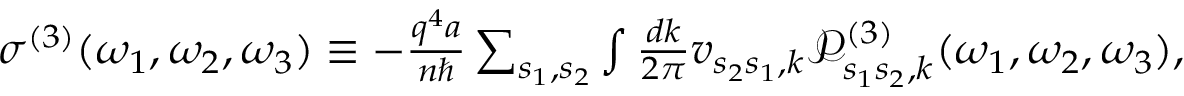
\begin{array} { r } { \sigma ^ { ( 3 ) } ( \omega _ { 1 } , \omega _ { 2 } , \omega _ { 3 } ) \equiv - \frac { q ^ { 4 } a } { n \hbar } \sum _ { s _ { 1 } , s _ { 2 } } \int \frac { d k } { 2 \pi } v _ { s _ { 2 } s _ { 1 } , k } \mathcal { P } _ { s _ { 1 } s _ { 2 } , k } ^ { ( 3 ) } ( \omega _ { 1 } , \omega _ { 2 } , \omega _ { 3 } ) , } \end{array}